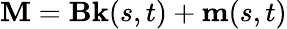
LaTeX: \textbf{M}=\textbf{B}\textbf{k}(s,t)+\textbf{m}(s,t)